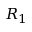
R _ { 1 }